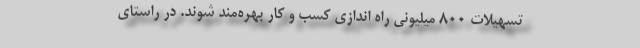
تسهیلات 800 میلیونی راه اندازی کسب و کار بهره‌مند شوند. در راستای